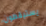
يستيقظون